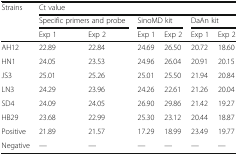
| <ROWSPAN=3> Strains | <COLSPAN=6> Ct value |
 | <COLSPAN=2> Specific primers and probe | <COLSPAN=2> SinoMD kit | <COLSPAN=2> DaAn kit |
 | Exp 1 | Exp 2 | Exp 1 | Exp 2 | Exp 1 | Exp 2 |
 | --- | --- | --- | --- | --- | --- | --- |
 | AH12 | 22.89 | 22.84 | 24.69 | 26.50 | 20.72 | 18.60 |
 | HN1 | 24.05 | 23.53 | 24.96 | 26.04 | 20.91 | 20.15 |
 | JS3 | 25.01 | 25.26 | 25.01 | 25.50 | 21.94 | 20.84 |
 | LN3 | 24.29 | 23.96 | 24.26 | 22.61 | 21.26 | 20.04 |
 | SD4 | 24.09 | 24.05 | 26.90 | 29.86 | 21.42 | 19.27 |
 | HB29 | 23.68 | 22.99 | 25.30 | 23.12 | 20.44 | 18.87 |
 | Positive | 21.89 | 21.57 | 17.29 | 18.99 | 23.49 | 19.77 |
 | Negative | — | — | — | — | — | — |